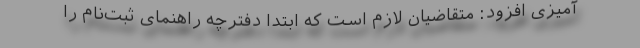
آمیزی افزود: متقاضیان لازم است که ابتدا دفترچه راهنمای ثبت‌نام را